Source: Handwritten
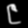
Digit: ၉ (9)